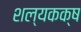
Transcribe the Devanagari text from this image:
शल्यकक्ष